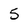
Character: 5